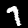
Label: 7